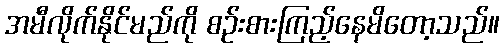
အမီလိုက်နိုင်မည်ကို စဉ်းစားကြည့်နေမိတော့သည်။